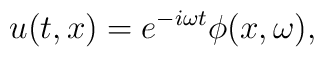
u(t,x) = e^{- i \omega t} \phi(x,\omega),